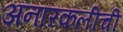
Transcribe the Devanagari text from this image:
अनारकलीची